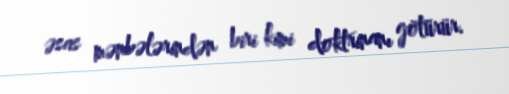
əsas mənbələrindən biri kimi doktrinanı götürür.